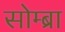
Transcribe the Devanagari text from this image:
सोम्ब्रा